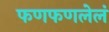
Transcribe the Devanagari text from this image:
फणफणलेलं